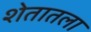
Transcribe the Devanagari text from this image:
शेतातला